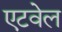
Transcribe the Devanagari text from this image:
एटवेल